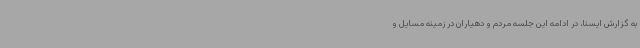
به گزارش ایسنا، در ادامه این جلسه مردم و دهیاران در زمینه مسایل و